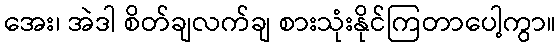
အေး၊ အဲဒါ စိတ်ချလက်ချ စားသုံးနိုင်ကြတာပေါ့ကွာ။